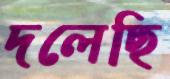
দলেছি